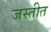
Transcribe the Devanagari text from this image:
जस्तीत